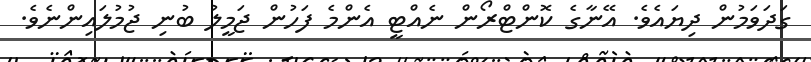
ގަދަވަމުން ދިޔައެވެ. އޭނާގެ ކޮންޓްރޯން ނެއްޓީ އެންމެ ފަހުން ޖަމީލު ބުނި ޖުމުލައިންނެވެ.